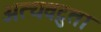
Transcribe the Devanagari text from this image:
अत्यवटुता